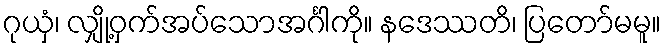
ဂုယှံ၊ လျှို့ဝှက်အပ်သောအင်္ဂါကို။ နဒေဿတိ၊ ပြတော်မမူ။